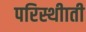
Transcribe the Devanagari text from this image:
परिस्थीाती